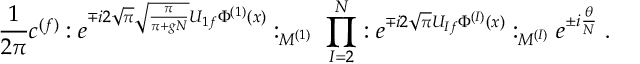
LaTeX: \frac { 1 } { 2 \pi } c ^ { ( f ) } : e ^ { \mp i 2 \sqrt { \pi } \sqrt { \frac { \pi } { \pi + g N } } U _ { 1 f } \Phi ^ { ( 1 ) } ( x ) } : _ { M ^ { ( 1 ) } } \; \prod _ { I = 2 } ^ { N } : e ^ { \mp i 2 \sqrt { \pi } U _ { I f } \Phi ^ { ( I ) } ( x ) } : _ { M ^ { ( I ) } } e ^ { \pm i \frac { \theta } { N } } \; .